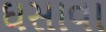
ઘસાવા